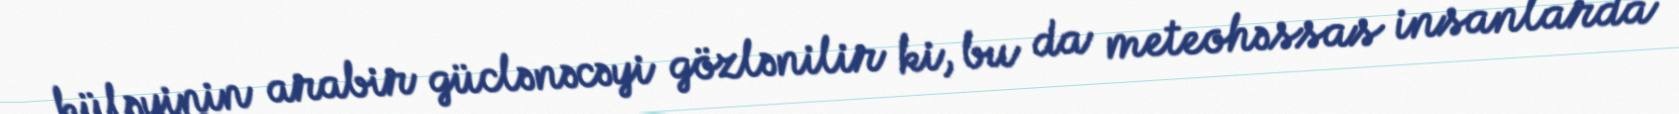
küləyinin arabir güclənəcəyi gözlənilir ki, bu da meteohəssas insanlarda